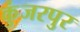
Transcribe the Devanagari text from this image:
कुंजरपुर